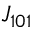
{ \cal J } _ { 1 0 1 }